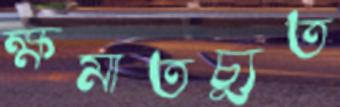
ক্ষমাতচ্যুত